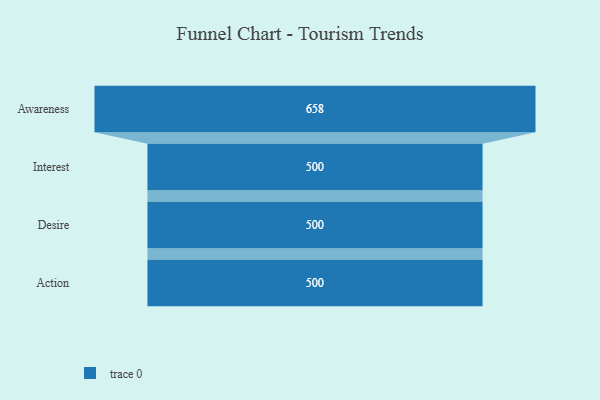
{"axis": {"x": "Stage", "y": "Value"}, "legend": [""], "data": [{"x": "Awareness", "y": 658.0, "type": ""}, {"x": "Interest", "y": 500, "type": ""}, {"x": "Desire", "y": 500, "type": ""}, {"x": "Action", "y": 500, "type": ""}]}